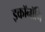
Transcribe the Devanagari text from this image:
इकॉनॉमि